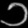
Digit: ၁